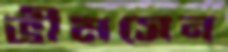
ভীমসেন